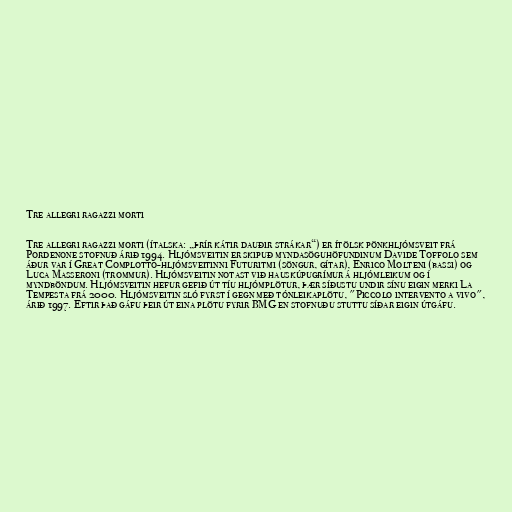
Tre allegri ragazzi morti

Tre allegri ragazzi morti (ítalska: „þrír kátir dauðir strákar“) er ítölsk pönkhljómsveit frá
Pordenone stofnuð árið 1994. Hljómsveitin er skipuð myndasöguhöfundinum Davide Toffolo sem
áður var í Great Complotto-hljómsveitinni Futuritmi (söngur, gítar), Enrico Molteni (bassi) og
Luca Masseroni (trommur). Hljómsveitin notast við hauskúpugrímur á hljómleikum og í
myndböndum. Hljómsveitin hefur gefið út tíu hljómplötur, þær síðustu undir sínu eigin merki La
Tempesta frá 2000. Hljómsveitin sló fyrst í gegn með tónleikaplötu, "Piccolo intervento a vivo",
árið 1997. Eftir það gáfu þeir út eina plötu fyrir BMG en stofnuðu stuttu síðar eigin útgáfu.